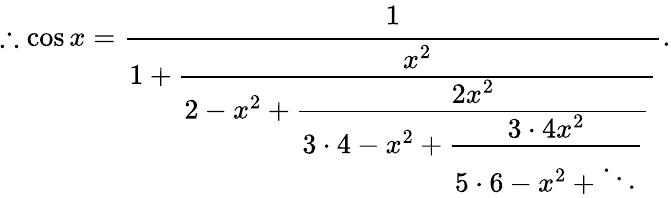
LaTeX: \therefore\cos x={\cfrac{1}{1+{\cfrac{x^{2}}{2-x^{2}+{\cfrac{2x^{2}}{3\cdot 4-x^{2}+{\cfrac{3\cdot 4x^{2}}{5\cdot 6-x^{2}+\ddots}}}}}}}}.